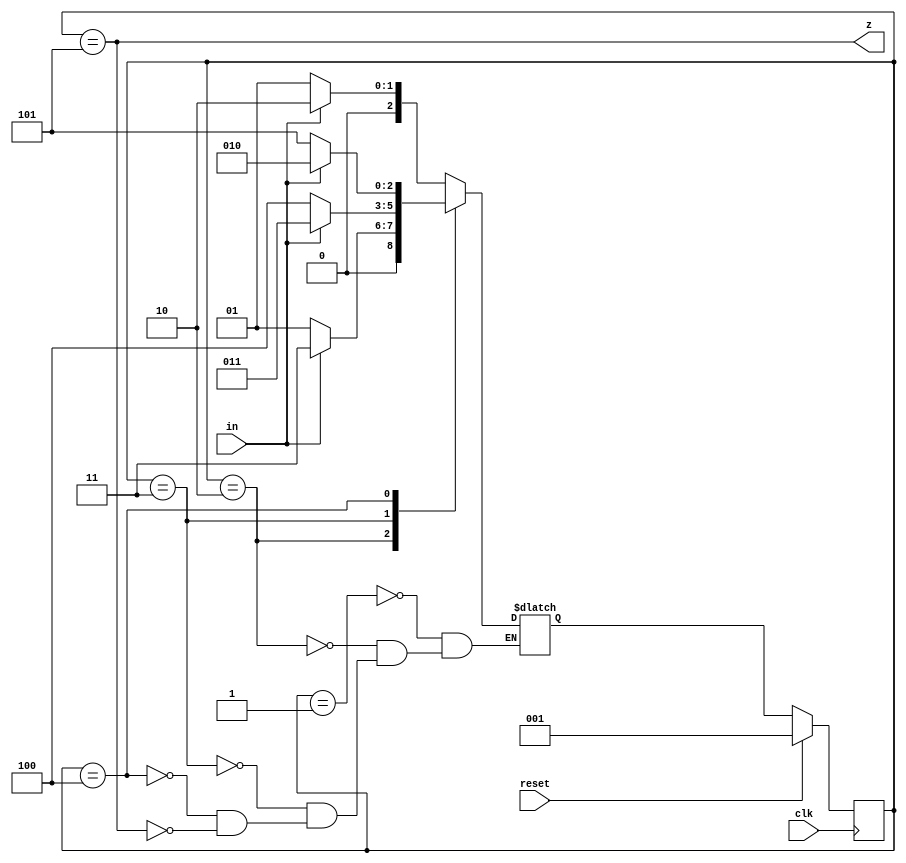
module moore_1100(
	input clk,
	input in,
	input reset,
	output z	);
	
	parameter A= 1, B= 2, C= 3, D= 4,E= 5;
	reg[2:0] state, next_state;
	
	always @ (*) begin
		case (state)
			A: next_state = in ? B : A;
			B: next_state = in ? C : A;
			C: next_state = in ? C : D;
			D: next_state = in ? B : E;
			E: next_state = in ? B : A;
		endcase
	end
	
	always @ (posedge clk) begin
		if (reset)
			state <= A;
		else
			state <= next_state;
	end
	
	assign z = (state == E);
	
endmodule